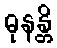
ဓုနန္တိ